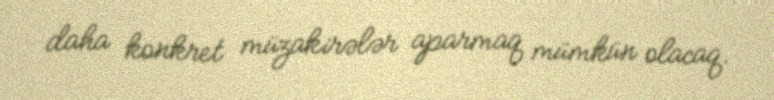
daha konkret müzakirələr aparmaq mümkün olacaq.